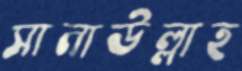
সানাউল্লাহ